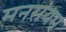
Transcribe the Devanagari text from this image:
मनसंयम